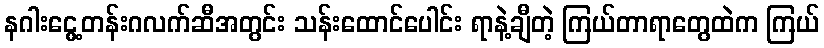
နဂါးငွေ့တန်းဂလက်ဆီအတွင်း သန်းထောင်ပေါင်း ရာနဲ့ချီတဲ့ ကြယ်တာရာတွေထဲက ကြယ်